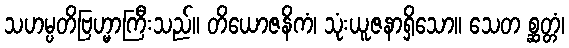
သဟမ္ပတိဗြဟ္မာကြီးသည်။ တိယောဇနိကံ၊ သုံးယူဇနာရှိသော။ သေတ စ္ဆတ္တံ၊